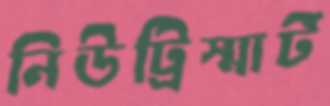
নিউট্রিস্মার্ট